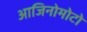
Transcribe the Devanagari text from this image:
आजिनोमोटो